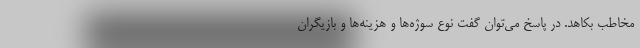
مخاطب بکاهد. در پاسخ می‌توان گفت نوع سوژه‌ها و هزینه‌ها و بازیگران